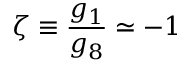
\zeta \equiv \frac { g _ { 1 } } { g _ { 8 } } \simeq - 1